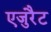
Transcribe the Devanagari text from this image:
एजुरैट